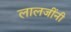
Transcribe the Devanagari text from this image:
लालजींनी